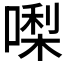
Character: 𠼝